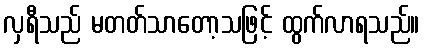
လှရီသည် မတတ်သာတော့သဖြင့် ထွက်လာရသည်။